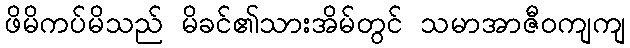
ဖိမိကပ်မိသည် မိခင်၏သားအိမ်တွင် သမာအာဇီဝကျကျ